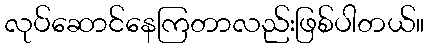
လုပ်ဆောင်နေကြတာလည်းဖြစ်ပါတယ်။